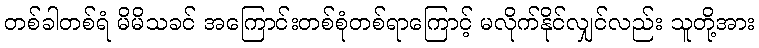
တစ်ခါတစ်ရံ မိမိသခင် အကြောင်းတစ်စုံတစ်ရာကြောင့် မလိုက်နိုင်လျှင်လည်း သူတို့အား